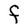
Character: F